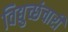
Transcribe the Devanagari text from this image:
विद्युच्छंचारी